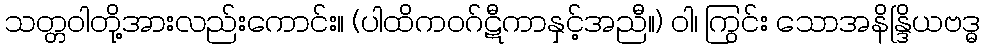
သတ္တဝါတို့အားလည်းကောင်း။ (ပါထိကဝဂ်ဋီကာနှင့်အညီ။) ဝါ၊ ကြွင်း သောအနိန္ဒြိယဗဒ္ဓ